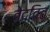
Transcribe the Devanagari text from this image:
वेदवित्